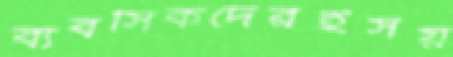
ব্যবসিকদেরইসয়